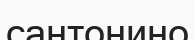
сантонино